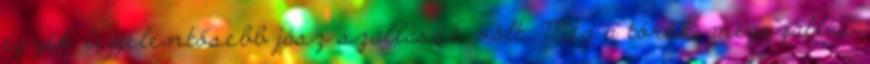
egyik legjelentősebb jász szállássá vált. Még a török megszállás